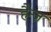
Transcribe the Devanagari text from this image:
हैन्ज़